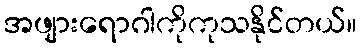
အဖျားရောဂါကိုကုသနိုင်တယ်။